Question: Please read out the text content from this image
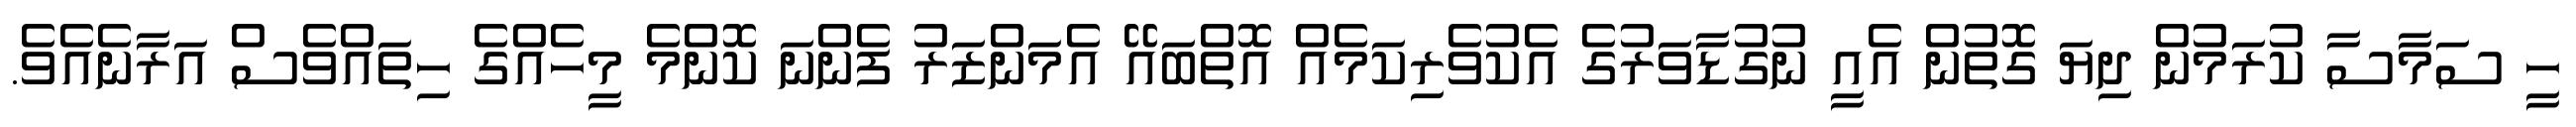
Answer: ހީ ސަމާސާ ކުރަމުން ދިޔަ ގޮތުން އެއީ ނުގުޑާވަރުގެ އެކުވެރިކަމެއް އޮތްބައޭ އެމަންޒަރު ފެންނަ ކޮންމެ މީހެއްގެ ހިތައްވެސް އަރާނެއެވެ.